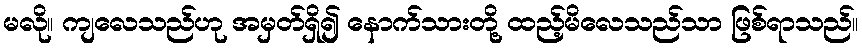
မလို။ ကျလေသည်ဟု အမှတ်ရှိ၍ နောက်သားတို့ ထည့်မိလေသည်သာ ဖြစ်ရာသည်။